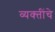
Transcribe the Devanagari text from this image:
व्‍यक्‍तींचे